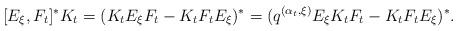
LaTeX: \begin{align*}[E_\xi, F_t]^* K_t = (K_t E_\xi F_{t} - K_t F_t E_\xi)^* = (q^{(\alpha_t, \xi)} E_\xi K_t F_t - K_t F_t E_\xi)^*.\end{align*}